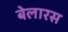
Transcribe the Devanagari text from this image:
बेलारस